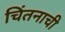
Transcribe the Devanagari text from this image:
चिंतनाची